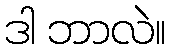
ဒါ ဘာလဲ။